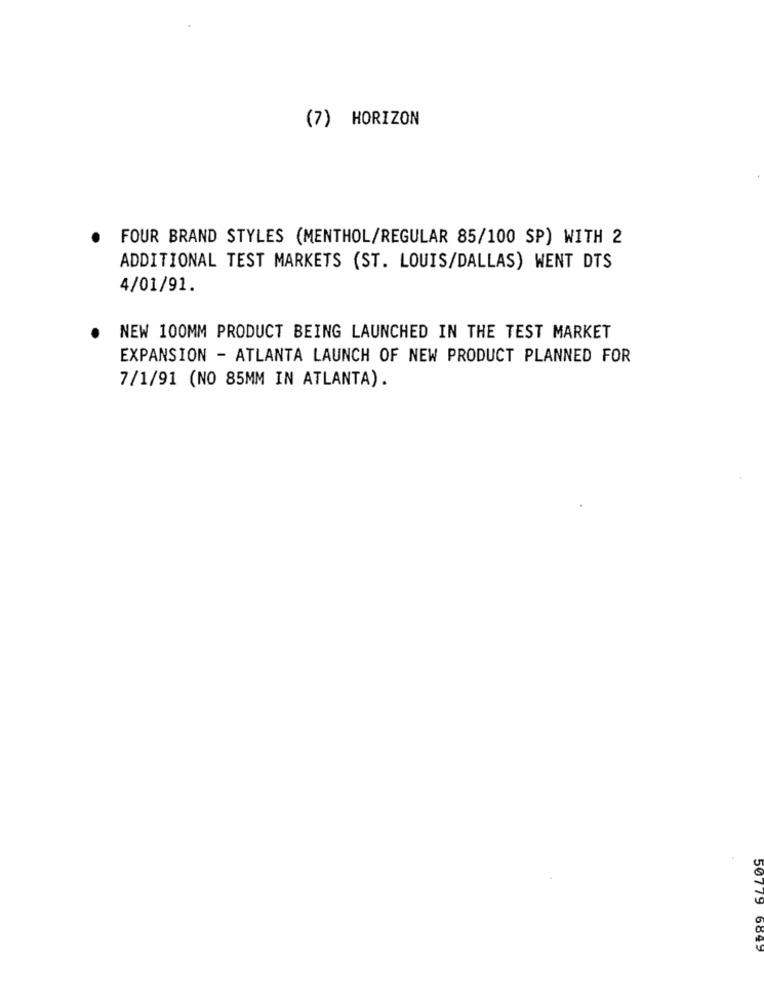
(7) HORIZON
FOUR BRAND STYLES (MENTHOL/REGULAR 85/100 SP) WITH 2
ADDITIONAL TEST MARKETS (ST. LOUIS/DALLAS) WENT DTS
4/01/91.
NEW 100MM PRODUCT BEING LAUNCHED IN THE TEST MARKET
EXPANSION - ATLANTA LAUNCH OF NEW PRODUCT PLANNED FOR
7/1/91 (NO 85MM IN ATLANTA).
50779